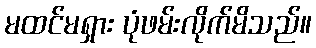
မထင်မရှား ပုံဖမ်းလိုက်မိသည်။